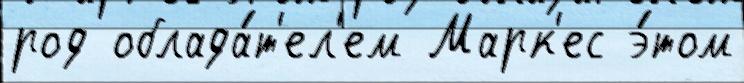
род облада́т'ел'ем Марк'ес э́том